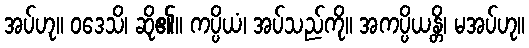
အပ်ဟု။ ဝဒေသိ၊ ဆို၏။ ကပ္ပိယံ၊ အပ်သည်ကို။ အကပ္ပိယန္တိ၊ မအပ်ဟု။